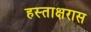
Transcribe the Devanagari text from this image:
हस्ताक्षरास